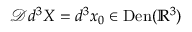
\mathscr { D } d ^ { 3 } X = d ^ { 3 } x _ { 0 } \in \mathrm { D e n } ( \mathbb { R } ^ { 3 } )